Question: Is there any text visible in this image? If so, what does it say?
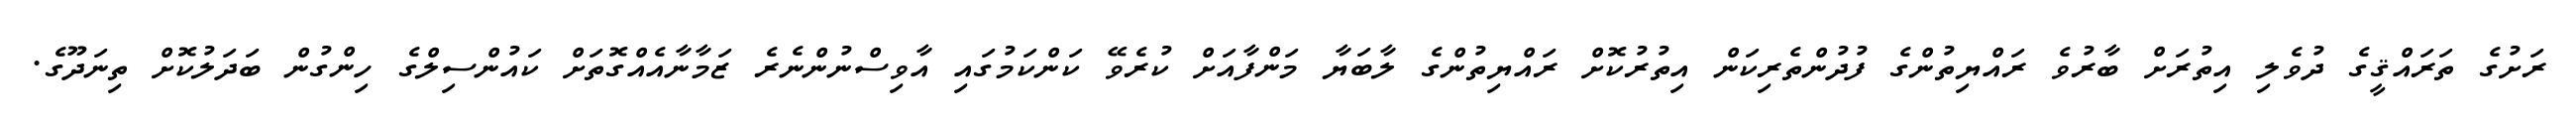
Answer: ރަށުގެ ތަރައްޤީގެ ދުވެލި އިތުރަށް ބާރުވެ ރައްޔިތުންގެ ފުދުންތެރިކަން އިތުރުކޮށް ރައްޔިތުންގެ ލާބަޔާ މަންފާއަށް ކުރެވޭ ކަންކަމުގައި އާވިސްނުންނެރެ ޒަމާނާއެއްގޮތަށް ކައުންސިލްގެ ހިންގުން ބަދަލުކޮށް ތިނަދޫގެ.